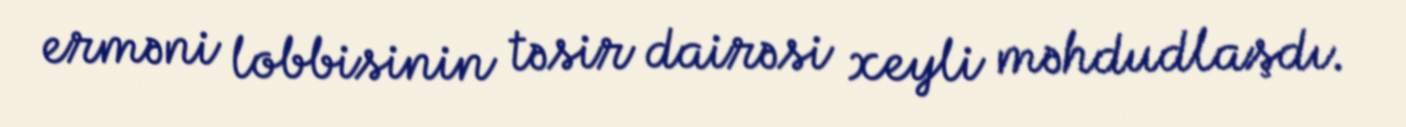
erməni lobbisinin təsir dairəsi xeyli məhdudlaşdı.